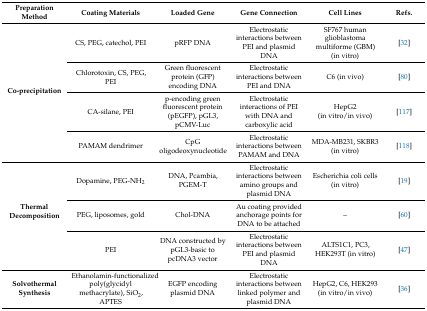
<table><thead><tr><td><b>Preparation Method</b></td><td><b>Coating Materials</b></td><td><b>Loaded Gene</b></td><td><b>Gene Connection</b></td><td><b>Cell Lines</b></td><td><b>Refs.</b></td></tr></thead><tbody><tr><td rowspan="4"><b>Co-precipitation</b></td><td>CS, PEG, catechol, PEI</td><td>pRFP DNA</td><td>Electrostatic interactions between PEI and plasmid DNA</td><td>SF767 human glioblastoma multiforme (GBM) (in vitro)</td><td>[32]</td></tr><tr><td>Chlorotoxin, CS, PEG, PEI</td><td>Green fluorescent protein (GFP) encoding DNA</td><td>Electrostatic interactions between PEI and DNA</td><td>C6 (in vivo)</td><td>[80]</td></tr><tr><td>CA-silane, PEI</td><td>p-encoding green fluorescent protein (pEGFP), pGL3, pCMV-Luc</td><td>Electrostatic interactions of PEI with DNA and carboxylic acid</td><td>HepG2 (in vitro/in vivo)</td><td>[117]</td></tr><tr><td>PAMAM dendrimer</td><td>CpG oligodeoxynucleotide</td><td>Electrostatic interactions between PAMAM and DNA</td><td>MDA-MB231, SKBR3 (in vitro)</td><td>[118]</td></tr><tr><td rowspan="3"><b>Thermal Decomposition</b></td><td>Dopamine, PEG-NH<sub>2</sub></td><td>DNA, Pcambia, PGEM-T</td><td>Electrostatic interactions between amino groups and plasmid DNA</td><td>Escherichia coli cells (in vitro)</td><td>[19]</td></tr><tr><td>PEG, liposomes, gold</td><td>Chol-DNA</td><td>Au coating provided anchorage points for DNA to be attached</td><td>–</td><td>[60]</td></tr><tr><td>PEI</td><td>DNA constructed by pGL3-basic to pcDNA3 vector</td><td>Electrostatic interactions between PEI and plasmid DNA</td><td>ALTS1C1, PC3, HEK293T (in vitro)</td><td>[47]</td></tr><tr><td><b>Solvothermal Synthesis</b></td><td>Ethanolamin-functionalized poly(glycidyl methacrylate), SiO<sub>2</sub>, APTES</td><td>EGFP encoding plasmid DNA</td><td>Electrostatic interactions between linked polymer and plasmid DNA</td><td>HepG2, C6, HEK293 (in vitro/in vivo)</td><td>[36]</td></tr></tbody></table>